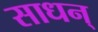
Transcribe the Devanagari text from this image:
साधन्